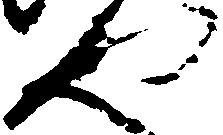
や